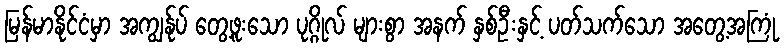
မြန်မာနိုင်ငံမှာ အကျွန်ုပ် တွေ့ဖူးသော ပုဂ္ဂိုလ် များစွာ အနက် နှစ်ဦးနှင့် ပတ်သက်သော အတွေ့အကြုံ